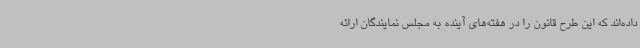
داده‌اند که این طرح قانون را در هفته‌های آینده به مجلس نمایندگان ارائه